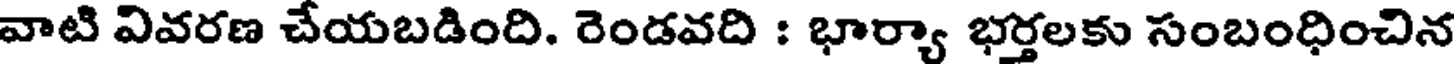
వాటి వివరణ చేయబడింది. రెండవది : భార్యా భర్తలకు సంబంధించిన